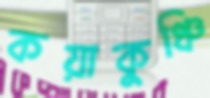
কয়াকুঞ্চি